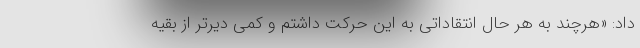
داد: «هرچند به هر حال انتقاداتی به این حرکت داشتم و کمی دیرتر از بقیه